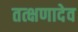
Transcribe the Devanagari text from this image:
तत्क्षणादेव